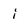
Character: i